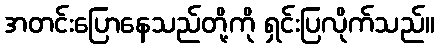
အတင်းပြောနေသည်တို့ကို ရှင်းပြလိုက်သည်။